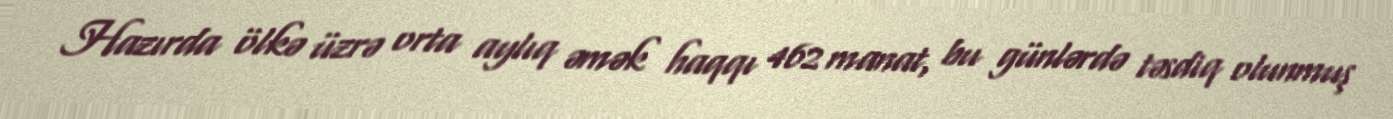
Hazırda ölkə üzrə orta aylıq əmək haqqı 462 manat, bu günlərdə təsdiq olunmuş